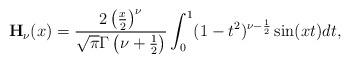
LaTeX: \begin{align*}\mathbf{H}_{\nu}(x)=\frac{2\left(\frac{x}{2}\right)^{\nu}}{\sqrt{\pi}\Gamma\left(\nu+\frac{1}{2}\right)}\int_0^1(1-t^2)^{\nu-\frac{1}{2}}\sin(xt)dt,\end{align*}